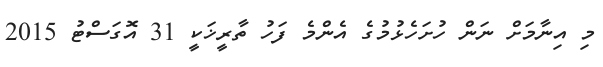
މި އިނާމަށް ނަން ހުށަހެޅުމުގެ އެންމެ ފަހު ތާރީޚަކީ 31 އޮގަސްޓު 2015